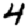
Digit: 4